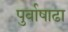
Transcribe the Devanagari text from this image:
पुर्वाषाढा